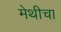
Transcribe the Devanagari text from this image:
मेथीचा